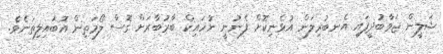
ޝަލީން ޖަވާބުދީފައި އެނބުރިލަން އުޅެނިކޮށް ފެނުނީ ނުހައިކް ބާރުބާރަށް ގޮސް ލޯމަތިން އޮބައިލިތަނެވެ.